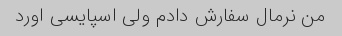
من نرمال سفارش دادم ولی اسپایسی اورد